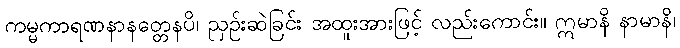
ကမ္မကာရဏနာနတ္တေနပိ၊ ညှဉ်းဆဲခြင်း အထူးအားဖြင့် လည်းကောင်း။ ဣမာနိ နာမာနိ၊